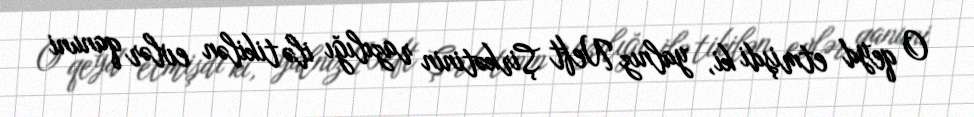
O qeyd etmişdi ki, yalnız Neft Şirkətinin razılığı ilə tikilən evlər qanuni